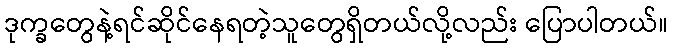
ဒုက္ခတွေနဲ့ရင်ဆိုင်နေရတဲ့သူတွေရှိတယ်လို့လည်း ပြောပါတယ်။